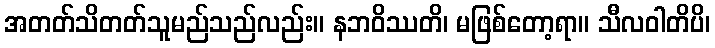
အတတ်သိတတ်သူမည်သည်လည်း။ နဘဝိဿတိ၊ မဖြစ်တော့ရာ။ သီလဝါတိပိ၊